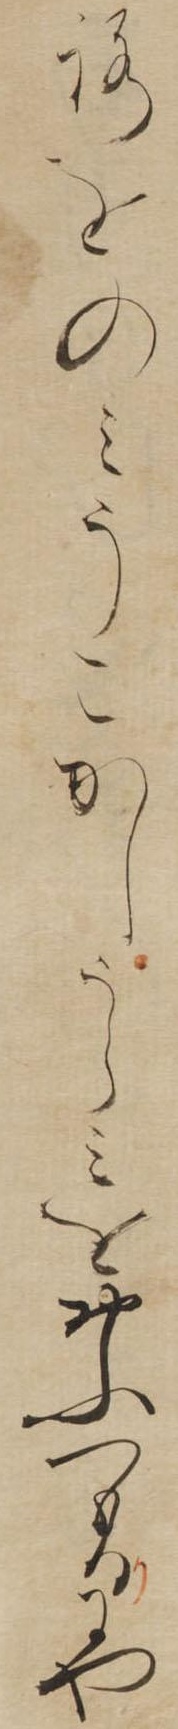
ろをのみうこかしうらみをおふつもりにや